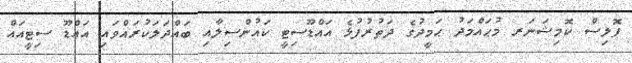
ޕޮލިސް ކޮމިޝަނަރ މުޙައްމަދު ޙަމީދުގެ ދަތުރުފުޅެ އައްޑޫސިޓީ ކައުންސިލާއި ބައްދަލަކުރައްވައި އައްޑޫ ސިޓީއައް